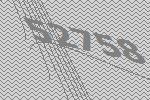
52758